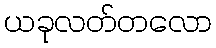
ယခုလတ်တလော